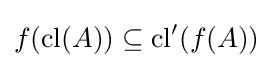
f(\mathrm {cl} (A))\subseteq \mathrm {cl} '(f(A))